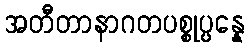
အတီတာနာဂတပစ္စုပ္ပန္နေ